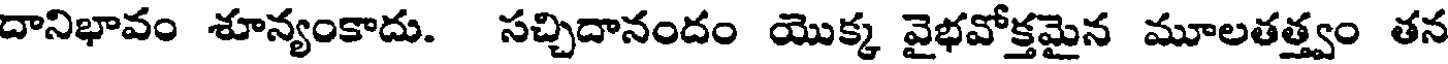
దానిభావం శూన్యంకాదు. సచ్చిదానందం యొక్క వైభవోక్తమైన మూలతత్త్వం తన